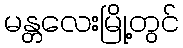
မန္တလေးမြို့တွင်